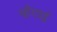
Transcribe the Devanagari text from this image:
व्हँगार्ड